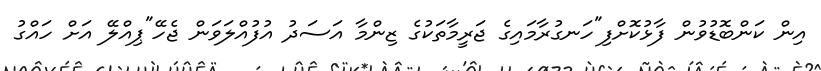
އިން ކަންބޮޑުވުން ފާޅުކޮށްފި"ހަނގުރާމައިގެ ޖަރީމާތަކުގެ ޒިންމާ އަސަދު އުފުއްލަވަން ޖެހޭ"ޕިއްލޭ އަށް ހައްގު